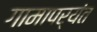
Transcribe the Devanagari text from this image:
गामापर्यंत